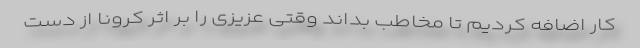
کار اضافه کردیم تا مخاطب بداند وقتی عزیزی را بر اثر کرونا از دست